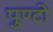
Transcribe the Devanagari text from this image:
पुण्टो